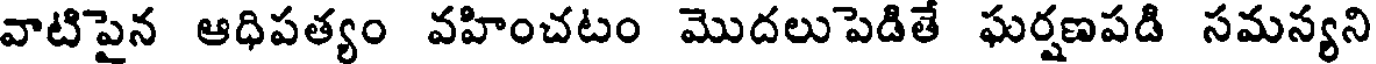
వాటిపైన ఆధిపత్యం వహించటం మొదలుపెడితే ఘర్షణపడి సమన్యని